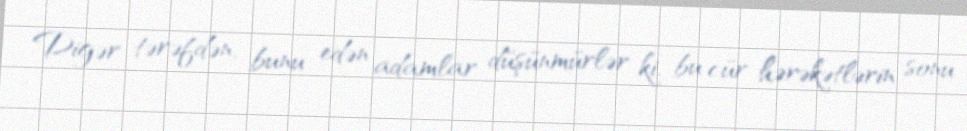
Digər tərəfdən, bunu edən adamlar düşünmürlər ki, bu cür hərəkətlərin sonu